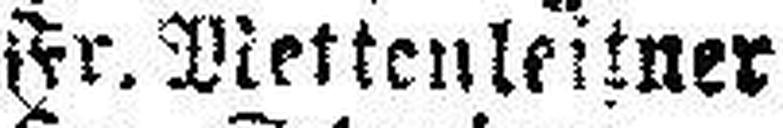
Fr. Mettenleitner